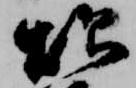
炊